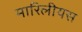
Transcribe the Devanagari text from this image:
मारिलीयस